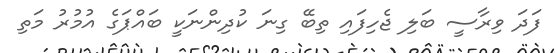
ފަދަ ވިރާސީ ބަލި ޖެހިފައި ތިބޭ ގިނަ ކުދިންނަކީ ބައްޕަގެ އުމުރު މަތި